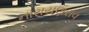
નારાયણરાવ